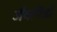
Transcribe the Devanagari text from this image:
जैवपिंडों